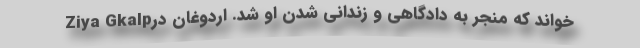
Ziya Gkalpخواند که منجر به دادگاهی و زندانی شدن او شد. اردوغان در